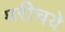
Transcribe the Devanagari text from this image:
मरीचये